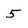
Character: 5